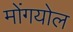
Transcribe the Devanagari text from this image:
मोंगयोल